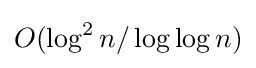
O(\log ^{2}n/\log \log n)